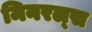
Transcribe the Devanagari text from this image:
मिनरल्‍स